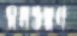
মনভরণ